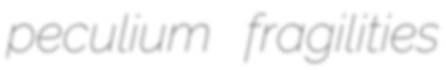
peculium fragilities